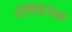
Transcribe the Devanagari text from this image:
दीर्घिकेपेक्षा